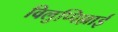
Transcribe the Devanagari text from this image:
विलुप्पिल्लाई